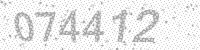
Solution: 074412